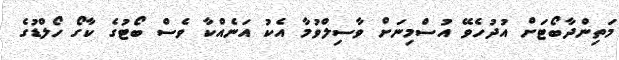
މަތިންދާބޯޓަށް އުދުހެވޭ އުސްމިނަށް ވާސިލްވުމާ އެކު އަނެއްކާ ވެސް ބޯޓުގެ ކާގޯ ހޯލްޑުގެ